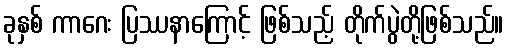
ခုနှစ် ကာဂေး ပြဿနာကြောင့် ဖြစ်သည့် တိုက်ပွဲတို့ဖြစ်သည်။